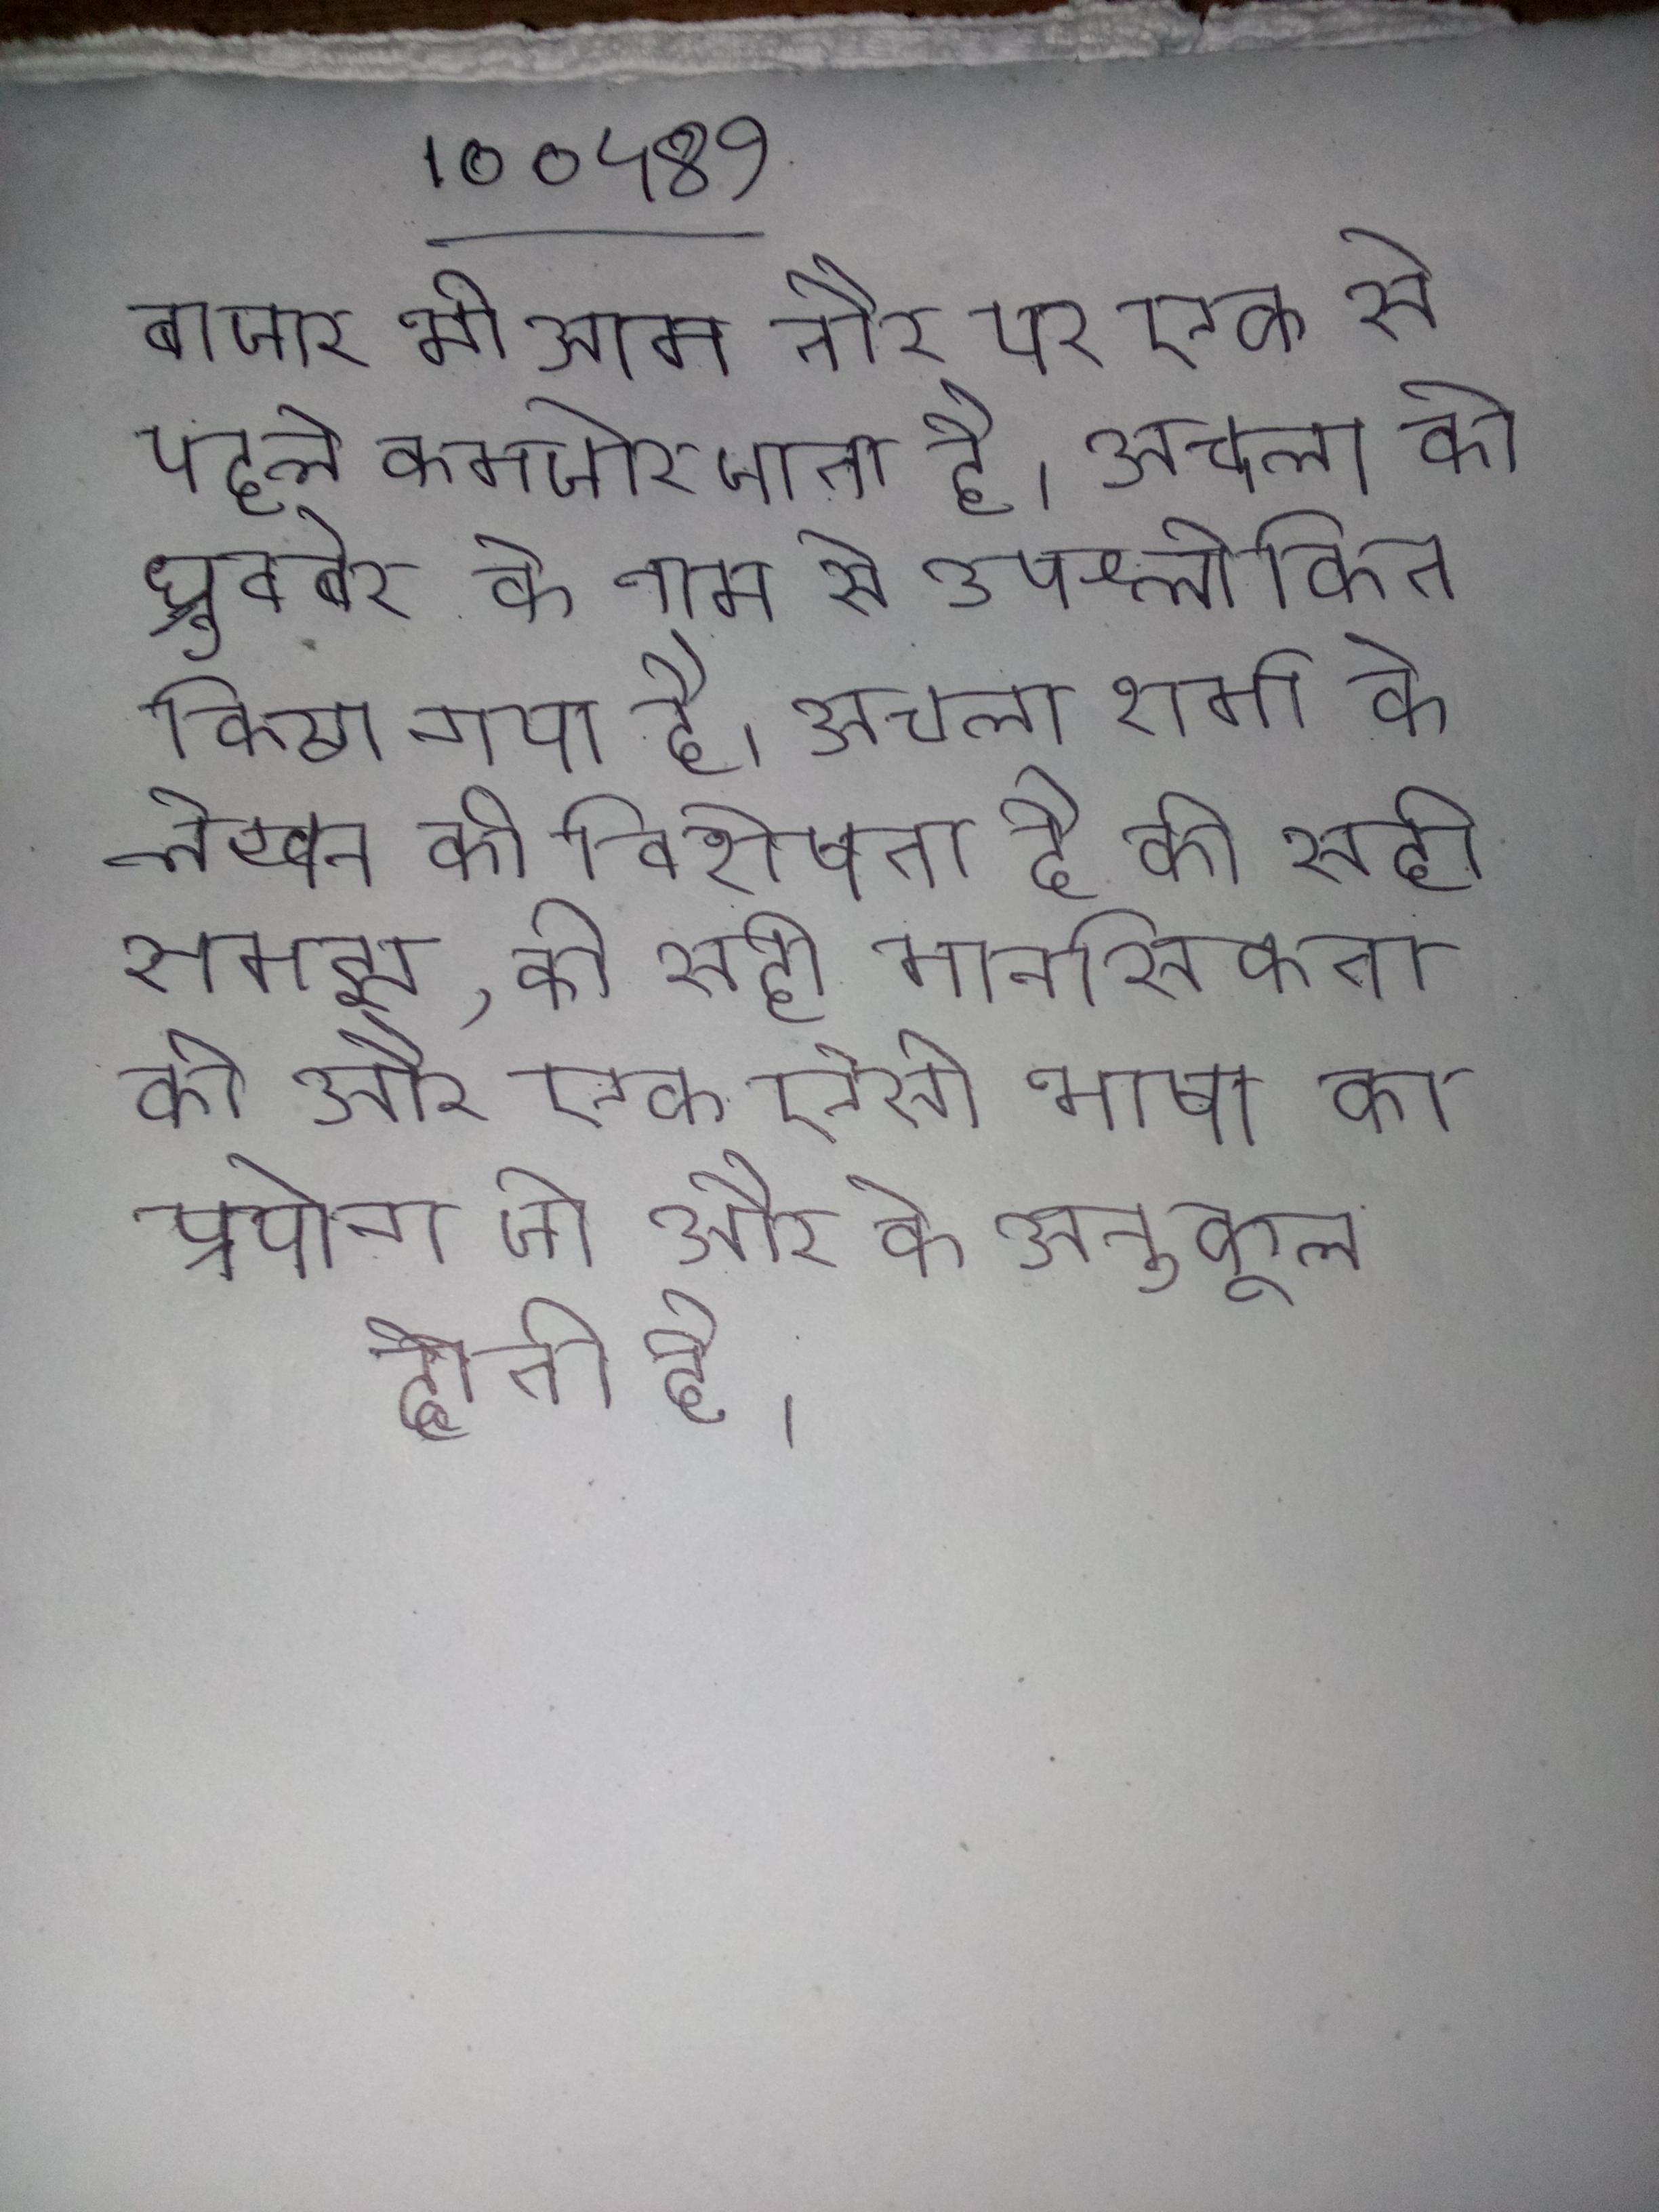
बाजार भी आम तौर पर एक से पहले कमजोर जाता है । अचला को ध्रुवबेर के नाम से उपश्लोकित किया गया है । अचला शर्मा के लेखन की विशेषता है की सही समझ, की सही मानसिकता की और एक ऐसी भाषा का प्रयोग जो और के अनुकूल होती है ।